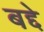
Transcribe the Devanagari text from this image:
बद्दे